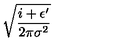
\sqrt { \frac { i + \epsilon ^ { \prime } } { 2 \pi \sigma ^ { 2 } } }